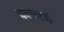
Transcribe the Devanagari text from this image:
पवळाने